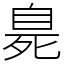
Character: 臰